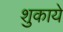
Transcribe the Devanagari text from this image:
शुकाये